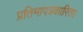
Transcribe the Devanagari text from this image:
प्रतिमापत्रकारिता